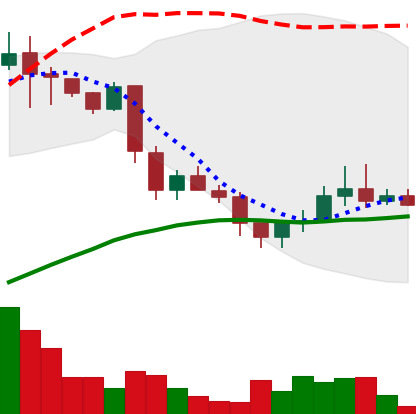
Ticker: LINK-USD
Chart end date: 2018-12-02
Forward return: -31.423%
Label: down_7plus